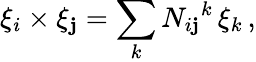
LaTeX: \xi_{i}\times\xi_{\mathbf{j}}=\sum_{k}N_{i\mathbf{j}}{}^{k}\, \xi_{k}\, ,